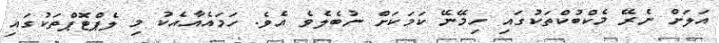
އަލަށް ނެރޭ މެކްބުކްތަކުގައި ހިމޭނޭ ކަމަކަށް ނުބެލެވެ އެވެ. ހަމައެއާއެކު މި ލެޕްޓޮޕްތަކުގައި